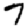
Digit: 7